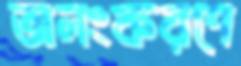
অলংকরণে